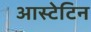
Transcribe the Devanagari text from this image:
आस्टेटिन